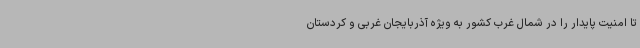
تا امنیت پایدار را در شمال غرب کشور به ویژه آذربایجان غربی و کردستان